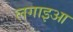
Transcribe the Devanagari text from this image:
लगाइआ